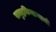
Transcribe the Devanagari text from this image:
समुद्रकिनाऱ्याची